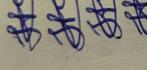
Signature authenticity: genuine